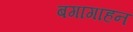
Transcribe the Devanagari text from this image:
बगागाहन